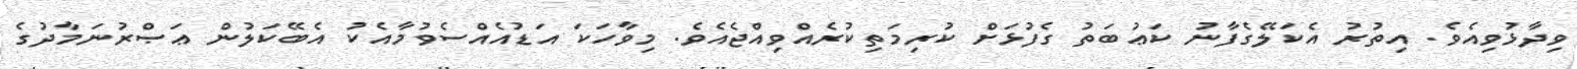
ވިދާޅުވިއެވެ. އިތުރު އެކަލޭގެފާނު ކަޢުބަތު ގެފުޅަށް ކުރިމަތިކުރެއްވިއްޖެއެވެ. މިވާހަކަ އަޑުއެއްސެވުމާއެކު އެބޭކަލުން ޢަޞްރުނަމާދުގެ